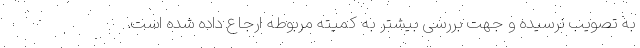
به تصویب نرسیده و جهت بررسی بیشتر به کمیته مربوطه ارجاع داده شده است.